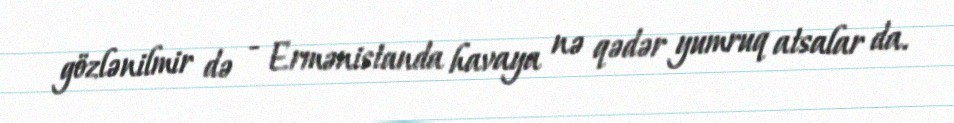
gözlənilmir də - Ermənistanda havaya nə qədər yumruq atsalar da.